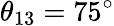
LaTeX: \theta_{13}=75^{\circ}